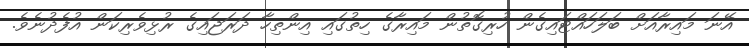
އޭނަ މައިރާއަށް ބަލަހައްޓައިގެން ހުރިގޮތުން މައިރާގެ ހިތުގައި އިންތިހާ ދަރަޖައިގެ ރުޅިވެރިކަން އުފެދުނެވެ.